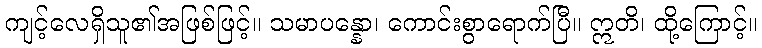
ကျင့်လေရှိသူ၏အဖြစ်ဖြင့်။ သမာပန္နော၊ ကောင်းစွာရောက်ပြီ။ ဣတိ၊ ထို့ကြောင့်။